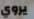
يروي